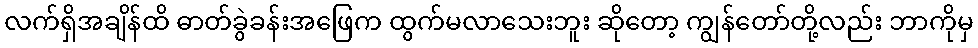
လက်ရှိအချိန်ထိ ဓာတ်ခွဲခန်းအဖြေက ထွက်မလာသေးဘူး ဆိုတော့ ကျွန်တော်တို့လည်း ဘာကိုမှ